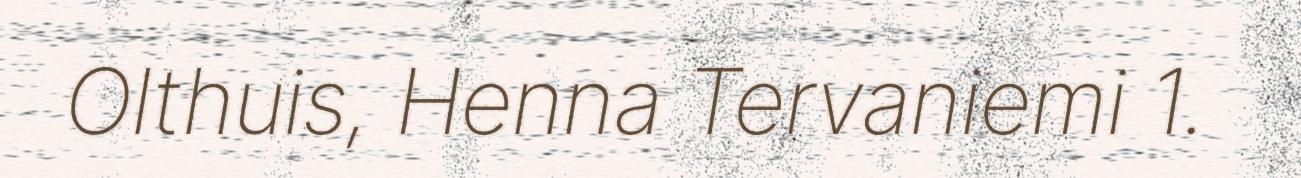
Olthuis, Henna Tervaniemi 1.